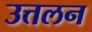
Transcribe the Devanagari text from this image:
उत्तलन